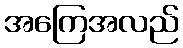
အကြေအလည်